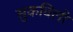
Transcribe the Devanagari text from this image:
सुकविली